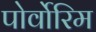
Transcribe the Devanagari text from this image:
पोर्वोरिम